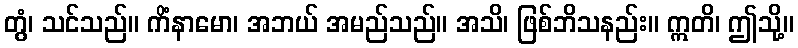
တွံ၊ သင်သည်။ ကိံနာမော၊ အဘယ် အမည်သည်။ အသိ၊ ဖြစ်ဘိသနည်း။ ဣတိ၊ ဤသို့။